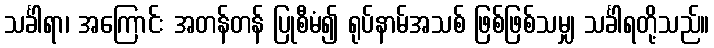
သင်္ခါရာ၊ အကြောင်း အတန်တန် ပြုစီမံ၍ ရုပ်နာမ်အသစ် ဖြစ်ဖြစ်သမျှ သင်္ခါရတို့သည်။